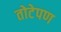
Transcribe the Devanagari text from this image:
तोटेपण